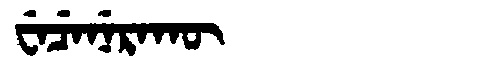
Manchu: ᠸᡝᠴᡝᠨᡝᡵᠠᡴᡡ
Romanization: WECENERAKŪ